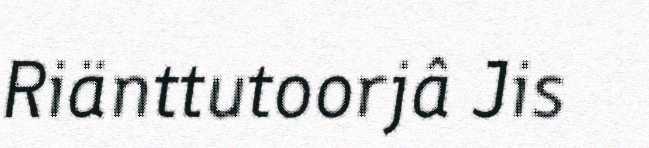
Riänttutoorjâ Jis